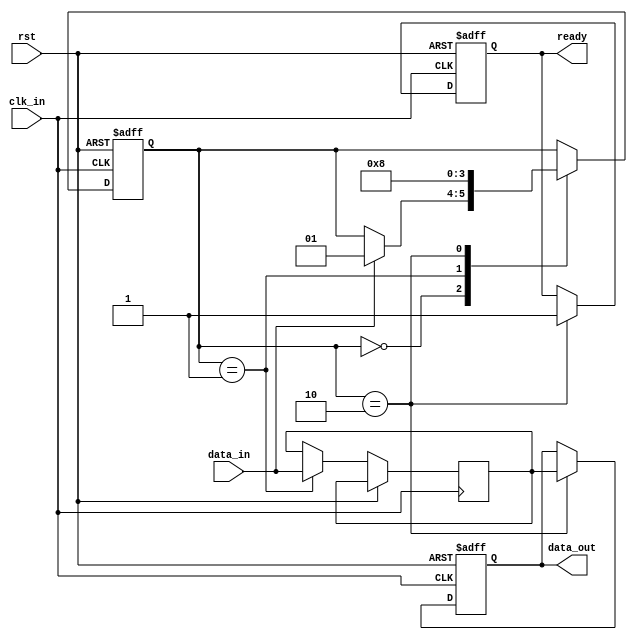
module synchronizer (
    input wire clk_in, // Input clock domain
    input wire rst, // Reset signal
    input wire data_in, // Input data signal
    output reg data_out, // Output synchronized data signal
    output reg ready // Handshake signal
);

reg [1:0] state; // State variable for state machine
reg synchronized_data;

// State machine for synchronization process
always @(posedge clk_in or posedge rst) begin
    if (rst) begin
        state <= 2'b00; // Reset state
        data_out <= 1'b0;
        ready <= 1'b0;
    end 
    else begin
        case (state)
            2'b00: begin // Idle state
               if (data_in == 1'b1) begin
                   state <= 2'b01; // Transition to synchronization state
               end
            end
            2'b01: begin // Synchronization state
               synchronized_data <= data_in; // Synchronized data
               state <= 2'b10; // Transition to ready state
            end
            2'b10: begin // Ready state
               data_out <= synchronized_data; // Output synchronized data
               ready <= 1'b1; // Set ready signal
               state <= 2'b00; // Transition back to idle state
            end
        endcase
    end
end

endmodule